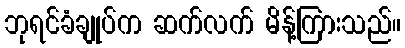
ဘုရင်ခံချုပ်က ဆက်လက် မိန့်ကြားသည်။